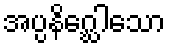
အပ္ပနိဂ္ဃေါသော